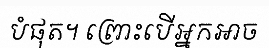
បំផុត។ ព្រោះបើអ្នកអាច